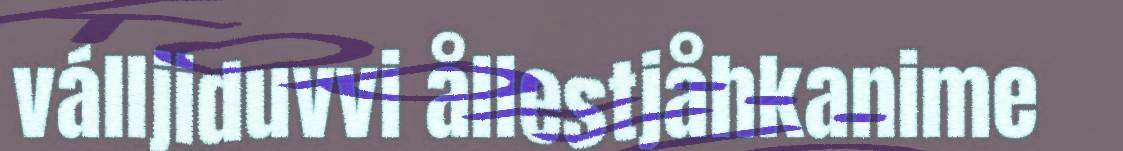
válljiduvvi ållestjåhkanime